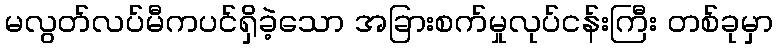
မလွတ်လပ်မီကပင်ရှိခဲ့သော အခြားစက်မှုလုပ်ငန်းကြီး တစ်ခုမှာ